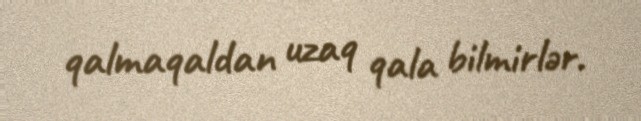
qalmaqaldan uzaq qala bilmirlər.